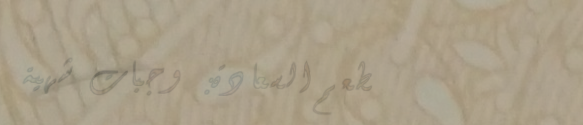
مطعم السعادة: وجبات شهية